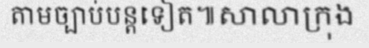
តាមច្បាប់បន្តទៀត៕សាលាក្រុង